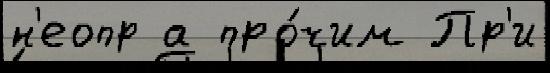
н'еопр а про́чим Пр'и